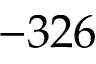
- 3 2 6